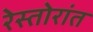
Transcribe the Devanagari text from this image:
रेस्तोरांत